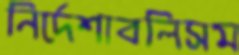
নির্দেশাবলিসম